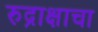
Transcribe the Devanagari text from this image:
रुद्राक्षाचा